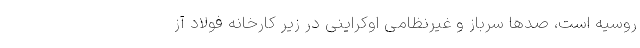
روسیه است، صدها سرباز و غیرنظامی اوکراینی در زیر کارخانه فولاد آز